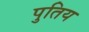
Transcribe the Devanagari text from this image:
पुतिय